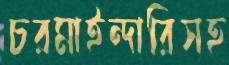
চরমাইন্দারিসহ